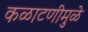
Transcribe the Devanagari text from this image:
कळाटणीमुळे